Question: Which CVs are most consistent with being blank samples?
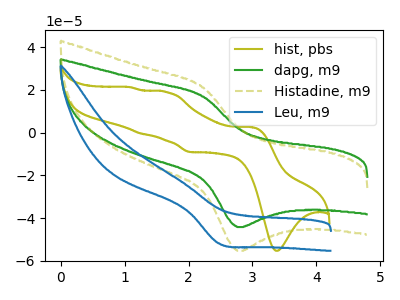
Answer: <think>The olive curve "hist, pbs" has anodic peaks at (3.00V, 2.60uA) (1.65V, 19.05uA) (1.25V, -0.45uA) (1.10V, 21.30uA) and cathodic peaks at (3.35V, -55.30uA) (2.00V, -9.05uA). The green curve "dapg, m9" has an anodic peak at (2.25V, 16.90uA) and a cathodic peak at (2.75V, -44.20uA). The olive dashed curve "Histadine, m9" has an anodic peak at (2.25V, 21.15uA) and a cathodic peak at (2.75V, -55.30uA). The blue curve "Leu, m9" has a cathodic peak at: (2.45V, -51.80uA).</think>
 <answer>There are not any CV's on this graph that are likely to be blanks.</answer>
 <eval>none</eval>